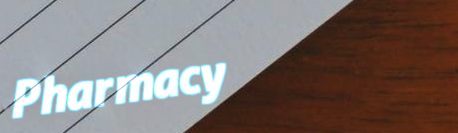
Pharmacy